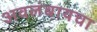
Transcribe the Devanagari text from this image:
अवलंबायचा